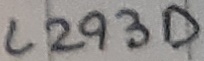
Text: L293D